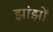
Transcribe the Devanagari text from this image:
झांझों